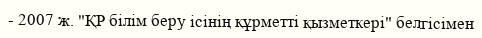
- 2007 ж. "ҚР білім беру ісінің құрметті қызметкері" белгісімен